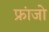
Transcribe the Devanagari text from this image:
फ्रांजो